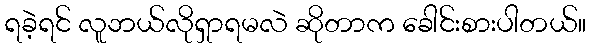
ရခဲ့ရင် လူဘယ်လိုရှာရမလဲ ဆိုတာက ခေါင်းစားပါတယ်။